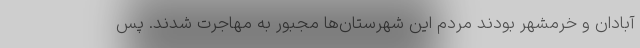
آبادان و خرمشهر بودند مردم این شهرستان‌ها مجبور به مهاجرت شدند. پس